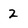
Character: 2